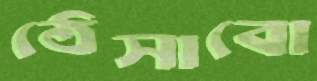
ঠেসাবো